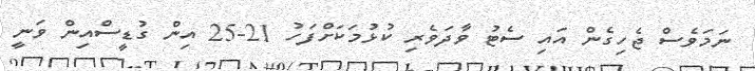
ނަމަވެސް ޖެހިގެން އައި ސެޓު ވާދަވެރި ކުޅުމަކަށްފަހު 21-25 އިން ގުޑީސްއިން ވަނީ